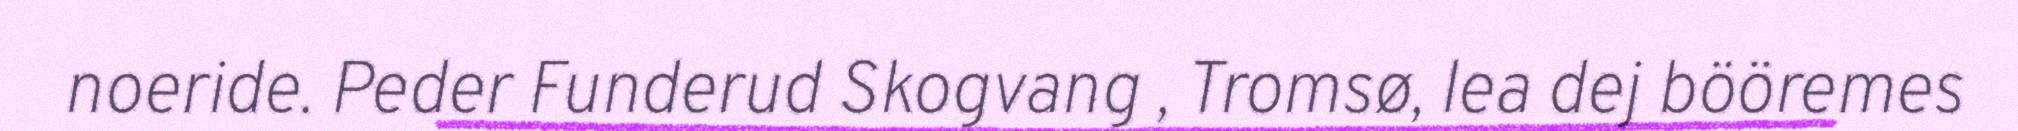
noeride. Peder Funderud Skogvang , Tromsø, lea dej bööremes